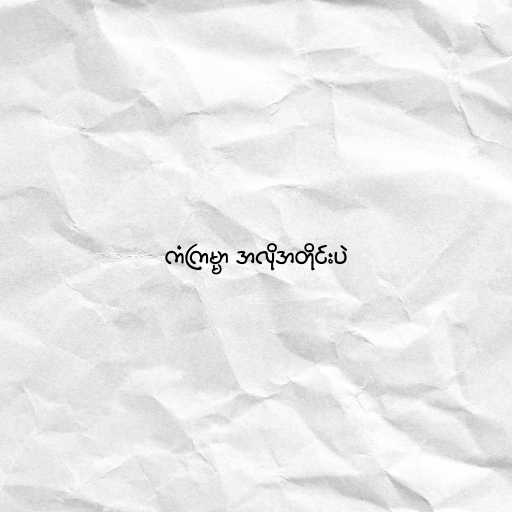
ကံကြမ္မာ အလိုအတိုင်းပဲ